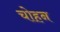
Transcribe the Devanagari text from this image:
चोहन